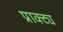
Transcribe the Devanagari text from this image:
प्राक्ट्य